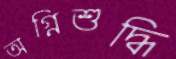
অগ্নিশুদ্ধি